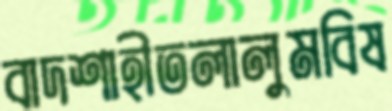
বাদশাহীতলালুমবিষ